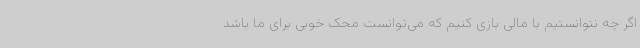
اگر چه نتوانستیم با مالی بازی کنیم که می‌توانست محک خوبی برای ما باشد